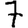
Digit: 7